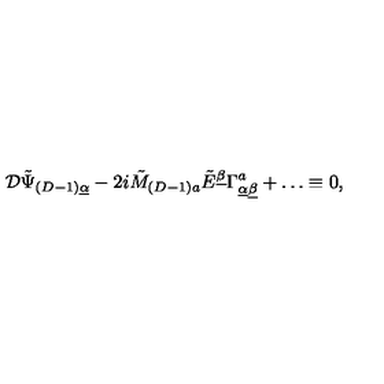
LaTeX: { \cal D } \tilde { \Psi } _ { ( D - 1 ) \underline { { \alpha } } } - 2 i \tilde { M } _ { ( D - 1 ) a } \tilde { E } ^ { \underline { { \beta } } } \Gamma _ { \underline { { \alpha } } \underline { { \beta } } } ^ { a } + \ldots \equiv 0 ,